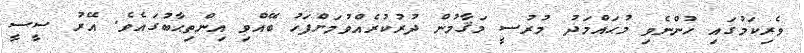
ވެރިކަމުގައި ހުންނެވި މުޙައްމަދު މުރުސީ މަޤާމުން ދުރުކުރެއްވުމަށްފަހު ބޭއްވި އިންތިޙާބުގައެވެ. އޭރު ސީސީ